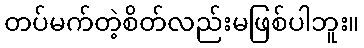
တပ်မက်တဲ့စိတ်လည်းမဖြစ်ပါဘူး။